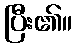
ပြီး၏။